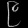
Digit: ၉